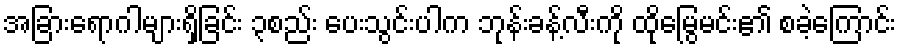
အခြားရောဂါများရှိခြင်း ၃စည်း ပေးသွင်းပါက ဘုန်းခန့်လီးကို ထိုမြွေမင်း၏ စခဲ့ကြောင်း